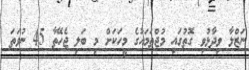
ނަޒްލާ ވިދާޅުވި ގޮތުގައި މުޖްތަމައުގެ މީހަކަށް މި ބަލި ޖެހޭތާ 45 ނުވަތަ